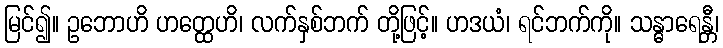
မြင်၍။ ဥဘောဟိ ဟတ္ထေဟိ၊ လက်နှစ်ဘက် တို့ဖြင့်။ ဟဒယံ၊ ရင်ဘက်ကို။ သန္ဓာရေန္တီ၊